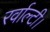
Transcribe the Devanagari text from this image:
रर्वाल्टी।